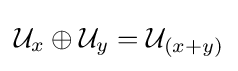
{\mathcal {U}}_{x}\oplus {\mathcal {U}}_{y}={\mathcal {U}}_{(x+y)}